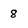
Character: 8